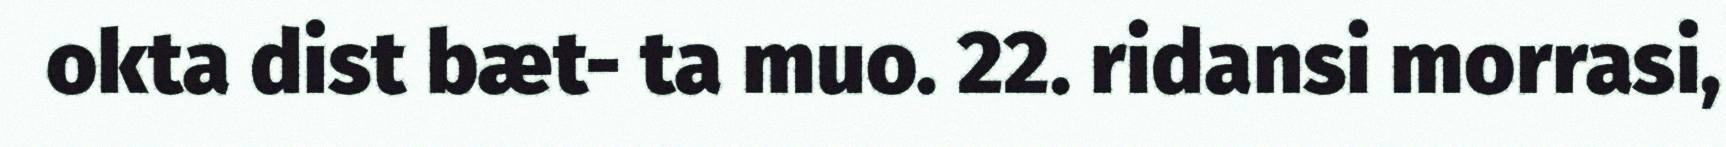
okta dist bæt- ta muo. 22. ridansi morrasi,